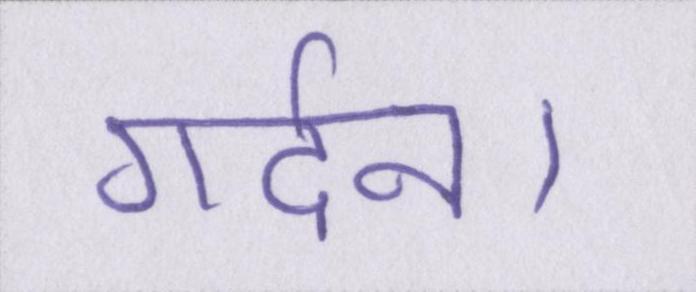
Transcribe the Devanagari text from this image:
गर्दन।